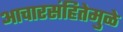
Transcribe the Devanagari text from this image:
आचारसंहितेमुळे